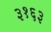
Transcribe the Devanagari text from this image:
३१६३